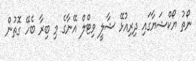
ނޯތު ޔޯކްޝަޔާގައި ދިރިއުޅޭ ޝާލީ ވިޓްލް އޭނާގެ މި ބިރާ ބެހޭ ގޮތުން